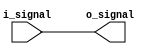
module io_buffer (
    input wire i_signal,
    output wire o_signal
);

assign o_signal = i_signal;

endmodule